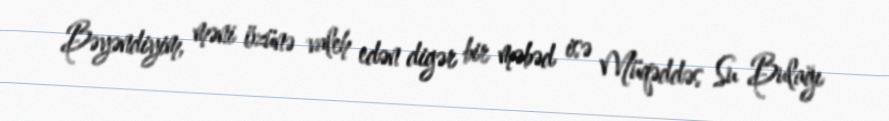
Bəyəndiyim, məni özünə valeh edən digər bir məbəd isə Müqəddəs Su Bulağı